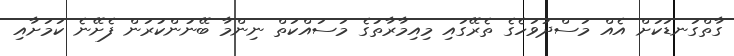
ގާތްގަނޑަކަށް އެއް މަސްދުވަހެގެ ތެރޭގައި މިއިމާރާތުގެ މަސައްކަތް ނިންމާ ބޭނުންކުރަން ފެށޭނެ ކަމަށާއި